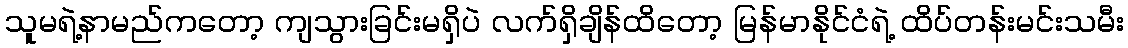
သူမရဲ့နာမည်ကတော့ ကျသွားခြင်းမရှိပဲ လက်ရှိချိန်ထိတော့ မြန်မာနိုင်ငံရဲ့ ထိပ်တန်းမင်းသမီး